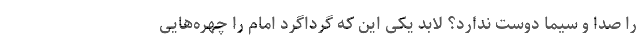
را صدا و سیما دوست ندارد؟ لابد یکی این که گرداگرد امام را چهره‌هایی